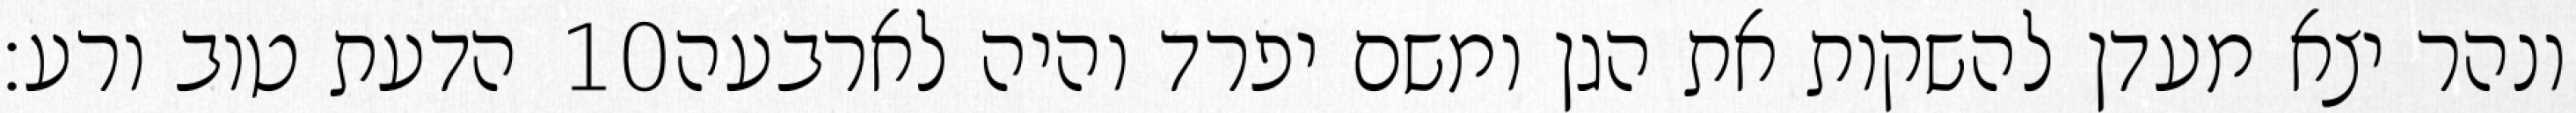
הדעת טוב ורע׃ ‎10‏ ונהר יצא מעדן להשקות את הגן ומשם יפרד והיה לארבעה